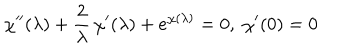
LaTeX: \chi ^ { \prime \prime } ( \lambda ) + { \frac { 2 } { \lambda } } \, \chi ^ { \prime } ( \lambda ) + e ^ { \chi ( \lambda ) } = 0 , \; \chi ^ { \prime } ( 0 ) = 0